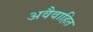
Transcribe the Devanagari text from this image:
अवैवाहित